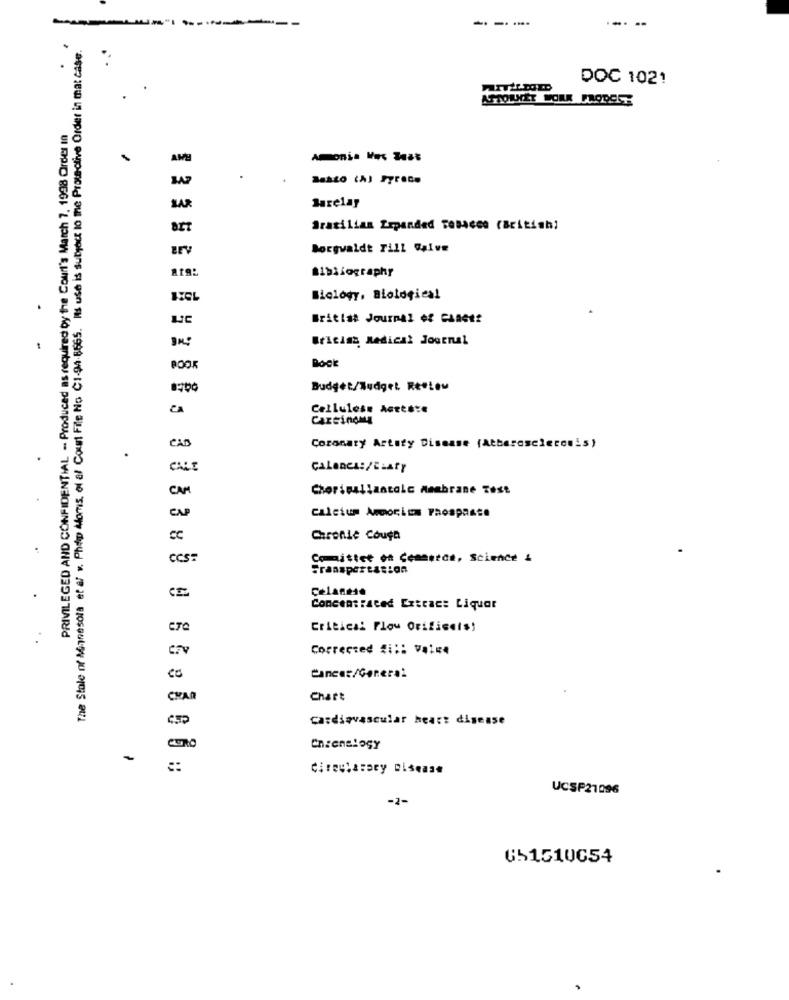
-- ---
----
The Stole of Minnesota et af v. Phip Moms, of al Court File No C1-94.8665. Ils use is subject to me Protective Order in mat case.
DOC 1021
ASTOUXET WORK PROPOSE
PRIVILEGED AND CONFIDENTIAL - Produced as required by the Court's March 7, 1998 Order In
Amonia Noc Tuat
Barelay
Brasilian Expanded Tobacco (British;
Borgwaldt Till Galve
Bibliography
133 53 5
Biology, Biological
British Journal of CARGt?
British Medical Journal
BOOK
Budget/Budget ReeLou
CA
Cellulese Acteste
Carcinoma
CAD
Coronary Artery Disease (Alberosciecom's)
CALE
CA
Chorisallantole Membrane Test
calcium Ammocion PRospaste
ChronLe Cough
CCS?
mittee ou Cementce, Science &
338 9
Transportation
Celanese
Concentrated Extract Liquor
Critical Flow Orifisets!
Corrected #i :: Vai **
Cancer/General
CHAR
Chart
Cardiovascular heart disease
CERO
Enzenslogy
-
::
Cireuharary Disease
UCSP21096
-2-
651510654